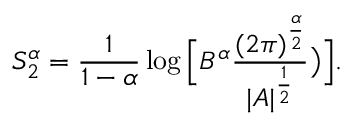
S _ { 2 } ^ { \alpha } = \frac { 1 } { 1 - \alpha } \log \Big [ B ^ { \alpha } \frac { ( 2 \pi ) ^ { \frac { \alpha } { 2 } } } { | A | ^ { \frac { 1 } { 2 } } } \big ) \Big ] .